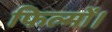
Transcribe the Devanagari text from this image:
फिल्मों।